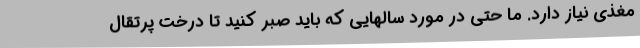
مغذی نیاز دارد. ما حتی در مورد سالهایی که باید صبر کنید تا درخت پرتقال